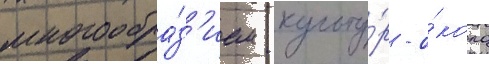
многообра́з'ием культу́р - о́коло